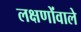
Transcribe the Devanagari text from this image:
लक्षणोंवाले